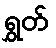
ရွှတ်